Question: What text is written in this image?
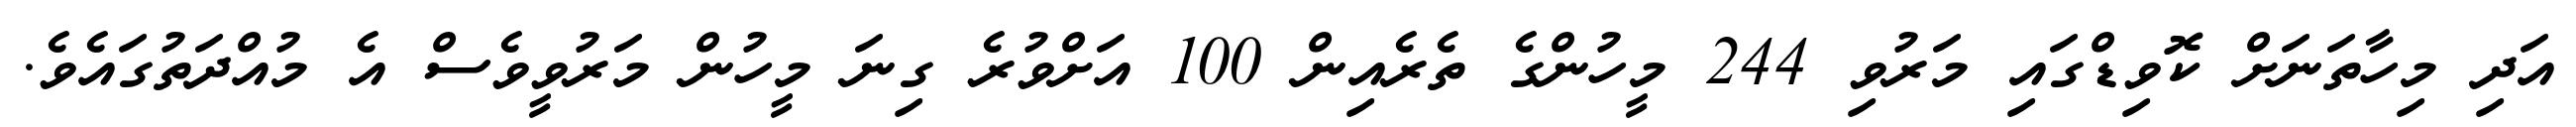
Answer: އަދި މިހާތަނަށް ކޮވިޑްގައި މަރުވި 244 މީހުންގެ ތެރެއިން 100 އަށްވުރެ ގިނަ މީހުން މަރުވީވެސް އެ މުއްދަތުގައެވެ.